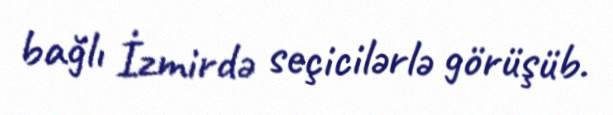
bağlı İzmirdə seçicilərlə görüşüb.